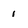
Character: 1